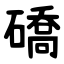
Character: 礄